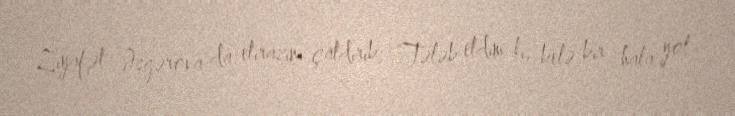
Ziyafət Əsgərova da etirazını çatdırıb: “Tələb etdim ki, belə bir hala yol